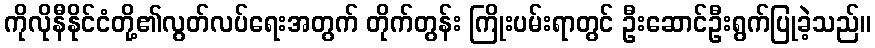
ကိုလိုနီနိုင်ငံတို့၏လွတ်လပ်ရေးအတွက် တိုက်တွန်း ကြိုးပမ်းရာတွင် ဦးဆောင်ဦးရွက်ပြုခဲ့သည်။